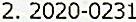
2. 2020-0231